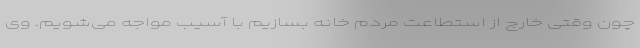
چون وقتی خارج از استطاعت مردم خانه بسازیم با آسیب مواجه می‌شویم. وی